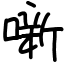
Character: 噺